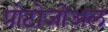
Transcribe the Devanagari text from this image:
प्रोटोजोअल